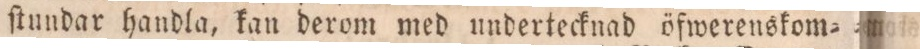
ſtundar handla, kan derom med undertecknad öfwerenskom=